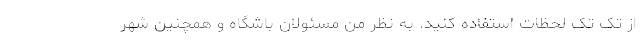
از تک تک لحظات استفاده کنید. به نظر من مسئولان باشگاه و همچنین شهر